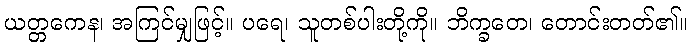
ယတ္တကေန၊ အကြင်မျှဖြင့်။ ပရေ၊ သူတစ်ပါးတို့ကို။ ဘိက္ခတေ၊ တောင်းတတ်၏။